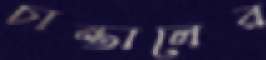
চান্তালের